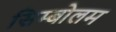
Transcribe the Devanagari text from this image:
सिम्बोलम